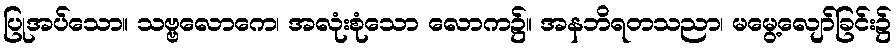
ပြုအပ်သော။ သဗ္ဗလောကေ၊ အလုံးစုံသော လောက၌။ အနဘိရတသညာ၊ မမွေ့လျော်ခြင်း၌